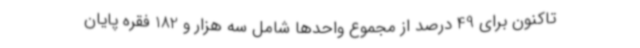
تاکنون برای 49 درصد از مجموع واحدها شامل سه هزار و 182 فقره پایان